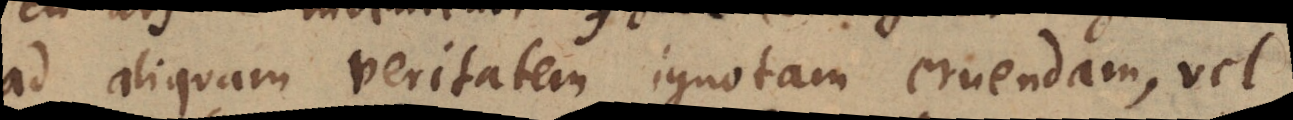
ad aliquam veritatem ignotam eruendam, vel